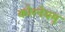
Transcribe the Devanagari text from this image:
कोरनेयम्